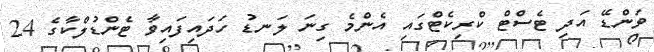
ވަންޑޭ އަދި ޓެސްޓް ކްރިކެޓްގައި އެންމެ ގިނަ ލަނޑު ހަދައިފައިވާ ޓެންޑުލްކާގެ 24